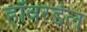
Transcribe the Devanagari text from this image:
हॉवरडेल